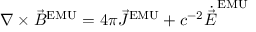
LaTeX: \nabla \times { \vec { B } } ^ { \mathrm { E M U } } = 4 \pi { \vec { J } } ^ { \mathrm { E M U } } + c ^ { - 2 } { \dot { \vec { E } } } ^ { \mathrm { E M U } }